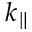
k _ { \parallel }